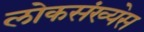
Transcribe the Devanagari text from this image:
लोकसंख्येस